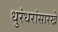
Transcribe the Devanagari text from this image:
धुरंधरांसारखे